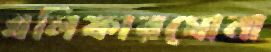
খলিফারঘোনা